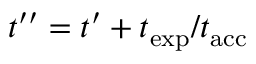
t ^ { \prime \prime } = t ^ { \prime } + t _ { \mathrm { e x p } } / t _ { \mathrm { a c c } }